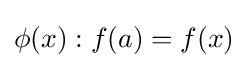
\phi (x):f(a)=f(x)